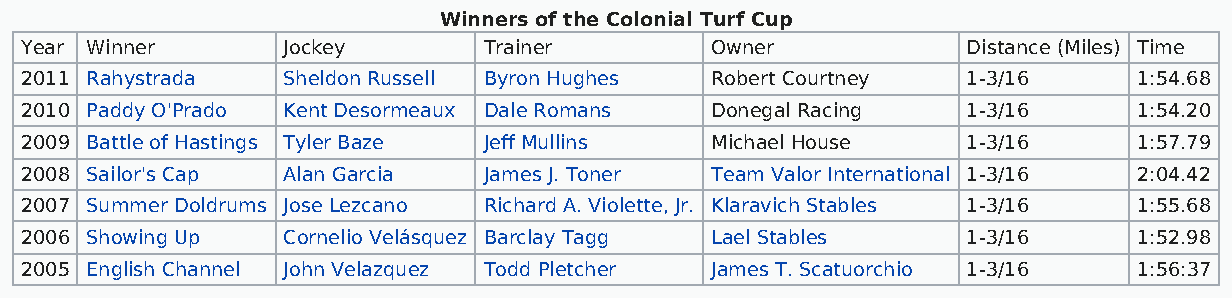
Winners of the Colonial Turf Cup
 Year Winner       Jockey       Trainer        Owner            Distance (Miles) Time
 2011 Rahystrada   Sheldon Russell Byron Hughes Robert Courtney 1-3/16     1:54.68
 2010 Paddy O'Prado Kent Desormeaux Dale Romans Donegal Racing  1-3/16     1:54.20
 2009 Battle of Hastings Tyler Baze Jeff Mullins Michael House  1-3/16     1:57.79
 2008 Sailor's Cap Alan Garcia  James J. Toner Team Valor International 1-3/16 2:04.42
 2007 Summer Doldrums Jose Lezcano Richard A. Violette, Jr. Klaravich Stables 1-3/16 1:55.68
 2006 Showing Up   Cornelio Velásquez Barclay Tagg Lael Stables 1-3/16     1:52.98
 2005 English Channel John Velazquez Todd Pletcher James T. Scatuorchio 1-3/16 1:56:37